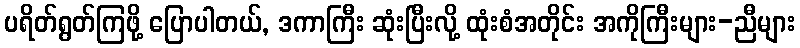
ပရိတ်ရွတ်ကြဖို့ ပြောပါတယ်, ဒကာကြီး ဆုံးပြီးလို့ ထုံးစံအတိုင်း အကိုကြီးများ-ညီများ